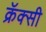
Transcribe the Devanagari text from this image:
क्रॅक्सी